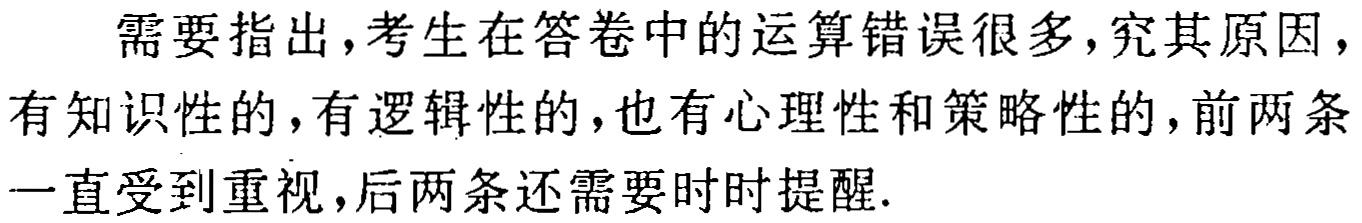
需要指出，考生在答卷中的运算错误很多，究其原因，有知识性的，有逻辑性的，也有心理性和策略性的，前两条一直受到重视，后两条还需要时时提醒.